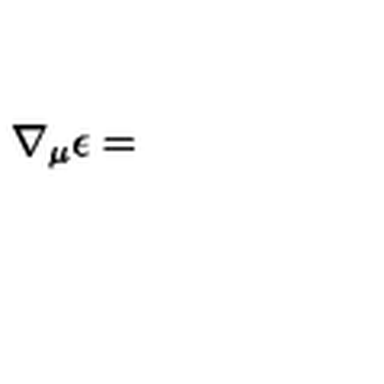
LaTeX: \nabla _ { \mu } \epsilon =